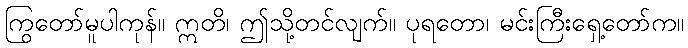
ကြွတော်မူပါကုန်။ ဣတိ၊ ဤသို့တင်လျက်။ ပုရတော၊ မင်းကြီးရှေ့တော်က။